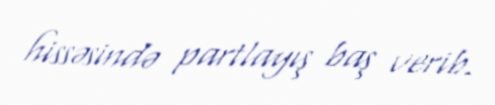
hissəsində partlayış baş verib.